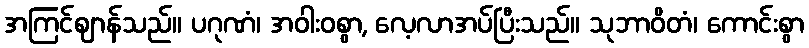
အကြင်ဈာန်သည်။ ပဂုဏံ၊ အဝါးဝစွာ, လေ့လာအပ်ပြီးသည်။ သုဘာဝိတံ၊ ကောင်းစွာ